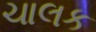
ચાલક